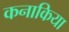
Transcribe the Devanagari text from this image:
कनाकिया